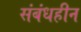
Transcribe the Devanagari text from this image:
संबंधहीन